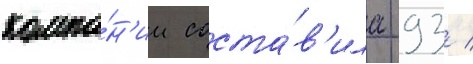
компа́н'ии соста́в'ила 93 /